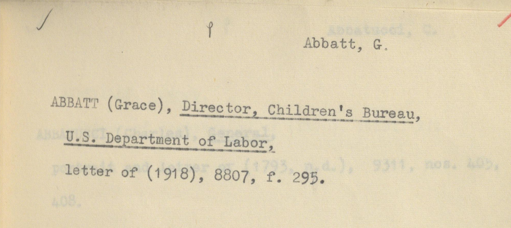
Label: content